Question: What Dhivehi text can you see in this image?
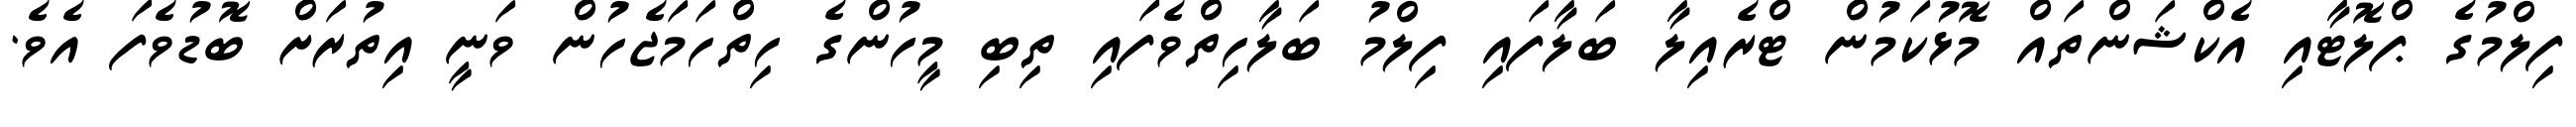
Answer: ފިލްމުގެ ޕްލޮޓާއި އެކްޝަންތައް މޮޅުކަމުން ޓްރެއިލާ ބަލާފައި ފިލްމު ބަލާހިތްވެފައި ތިބި މީހުންގެ ހިތްހަމަޖެހުން ވަނީ އިތުރަށް ބޮޑުވެފަ އެވެ.